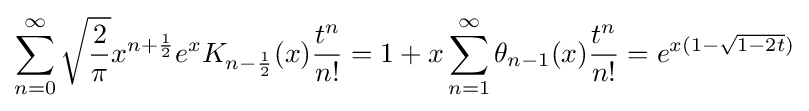
\sum _{n=0}^{\infty }{\sqrt {\frac {2}{\pi }}}x^{n+{\frac {1}{2}}}e^{x}K_{n-{\frac {1}{2}}}(x){\frac {t^{n}}{n!}}=1+x\sum _{n=1}^{\infty }\theta _{n-1}(x){\frac {t^{n}}{n!}}=e^{x(1-{\sqrt {1-2t}})}